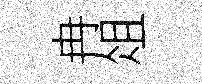
冉俎